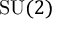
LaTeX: { \mathrm { S U } } ( 2 )